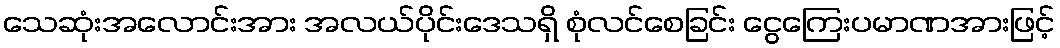
သေဆုံးအလောင်းအား အလယ်ပိုင်းဒေသရှိ စုံလင်စေခြင်း ငွေကြေးပမာဏအားဖြင့်